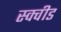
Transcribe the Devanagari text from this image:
स्क्वीड